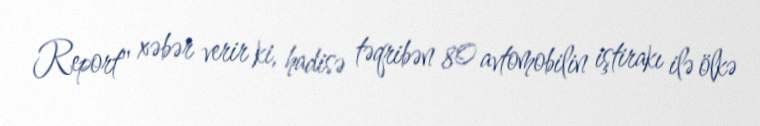
Report" xəbər verir ki, hadisə təqribən 80 avtomobilin iştirakı ilə ölkə